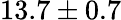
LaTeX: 13.7\pm 0.7